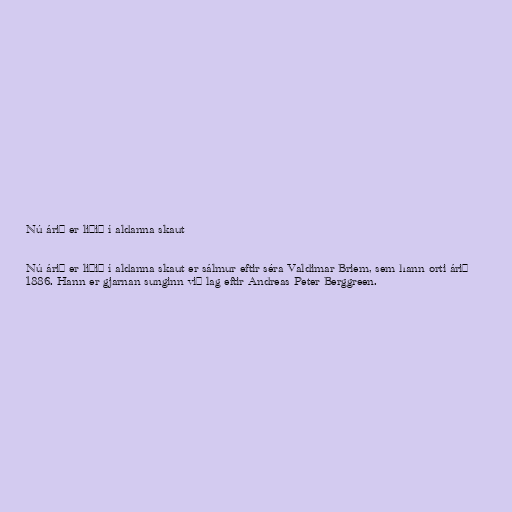
Nú árið er liðið í aldanna skaut

Nú árið er liðið í aldanna skaut er sálmur eftir séra Valdimar Briem, sem hann orti árið
1886. Hann er gjarnan sunginn við lag eftir Andreas Peter Berggreen.